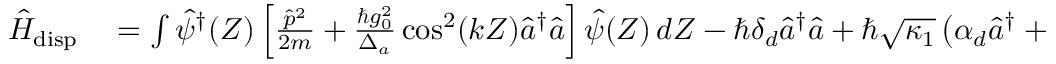
\begin{array} { r l } { \hat { H } _ { \mathrm { d i s p } } } & { { } = \int \hat { \psi } ^ { \dagger } ( Z ) \left[ \frac { \hat { p } ^ { 2 } } { 2 m } + \frac { \hbar g _ { 0 } ^ { 2 } } { \Delta _ { a } } \cos ^ { 2 } ( k Z ) \hat { a } ^ { \dagger } \hat { a } \right] \hat { \psi } ( Z ) \, d Z - \hbar \delta _ { d } \hat { a } ^ { \dagger } \hat { a } + \hbar \sqrt { \kappa _ { 1 } } \left( \alpha _ { d } \hat { a } ^ { \dagger } + \alpha _ { d } ^ { * } \hat { a } \right) } \end{array}